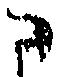
に